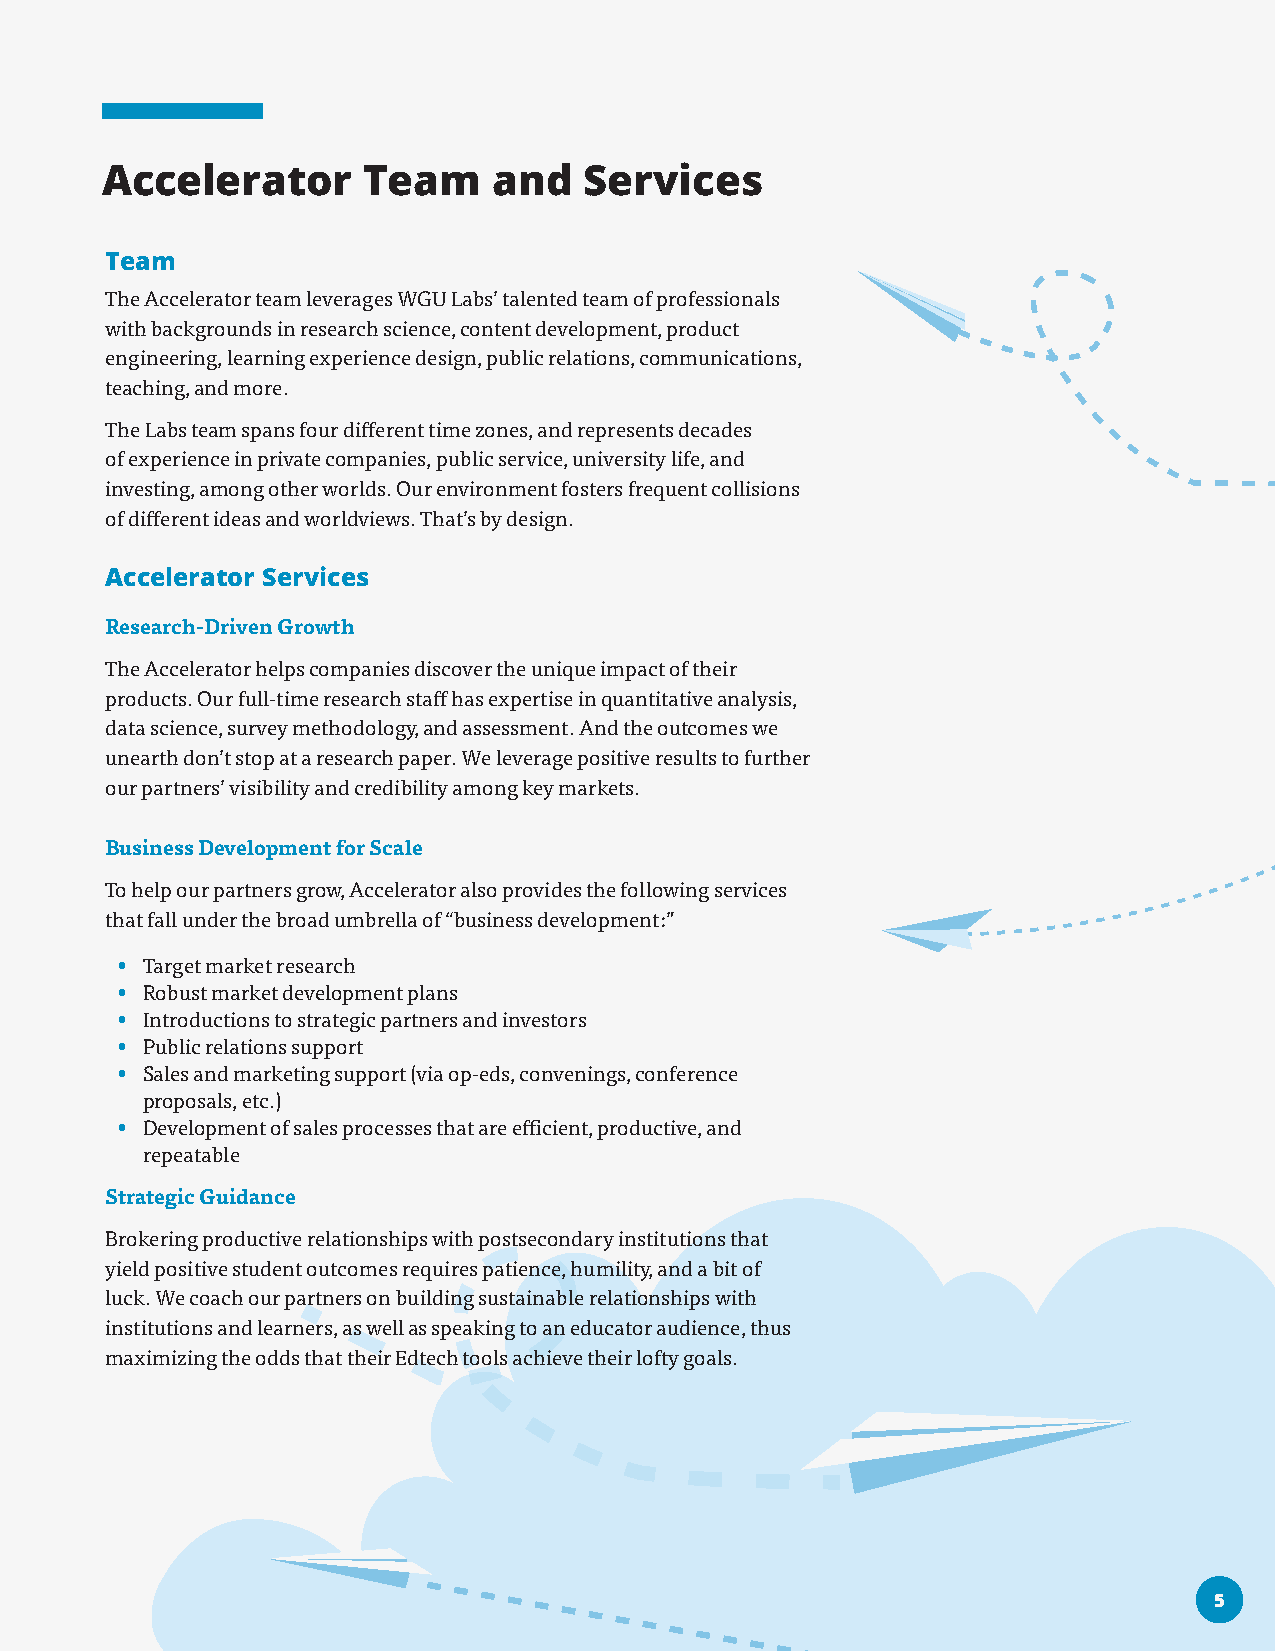
Accelerator      Team     and   Services
 Team
 The Accelerator team leverages WGU Labs’ talented team of professionals
 with backgrounds in research science, content development, product
 engineering, learning experience design, public relations, communications,
 teaching, and more.
 The Labs team spans four different time zones, and represents decades
 of experience in private companies, public service, university life, and
 investing, among other worlds. Our environment fosters frequent collisions
 of different ideas and worldviews. That’s by design.
 Accelerator Services
 Research-Driven Growth
 The Accelerator helps companies discover the unique impact of their
 products. Our full-time research staff has expertise in quantitative analysis,
 data science, survey methodology, and assessment. And the outcomes we
 unearth don’t stop at a research paper. We leverage positive results to further
 our partners’ visibility and credibility among key markets.
 Business Development for Scale
 To help our partners grow, Accelerator also provides the following services
 that fall under the broad umbrella of “business development:”
 • Target market research
 • Robust market development plans
 • Introductions to strategic partners and investors
 • Public relations support
 • Sales and marketing support (via op-eds, convenings, conference
 proposals, etc.)
 • Development of sales processes that are efficient, productive, and
 repeatable
 Strategic Guidance
 Brokering productive relationships with postsecondary institutions that
 yield positive student outcomes requires patience, humility, and a bit of
 luck. We coach our partners on building sustainable relationships with
 institutions and learners, as well as speaking to an educator audience, thus
 maximizing the odds that their Edtech tools achieve their lofty goals.
 55